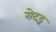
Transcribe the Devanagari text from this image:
रोटट्न